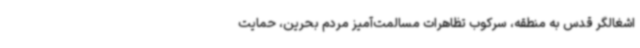
اشغالگر قدس به منطقه، سرکوب تظاهرات مسالمت‌آمیز مردم بحرین، حمایت